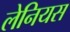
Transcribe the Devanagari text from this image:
लेनियस